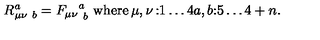
R _ { \mu \nu \ b } ^ { a } = { F _ { \mu \nu } } _ { \ b } ^ { a } \ \mathrm { { w h e r e } } \begin{matrix} { \mu , \nu } & { : } & { 1 \ldots 4 } \\ { a , b } & { : } & { 5 \ldots 4 + n } \\ \end{matrix} .